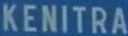
KENITRA